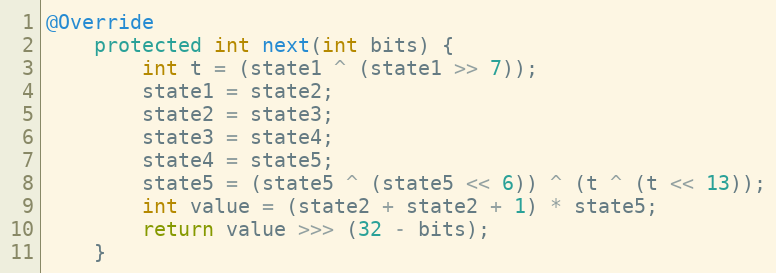
Language: Java
@Override
    protected int next(int bits) {
        int t = (state1 ^ (state1 >> 7));
        state1 = state2;
        state2 = state3;
        state3 = state4;
        state4 = state5;
        state5 = (state5 ^ (state5 << 6)) ^ (t ^ (t << 13));
        int value = (state2 + state2 + 1) * state5;
        return value >>> (32 - bits);
    }